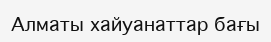
Алматы хайуанаттар бағы